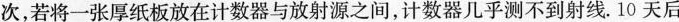
次，若将一张厚纸板放在计数器与放射源之间，计数器几乎测不到射线。10天后